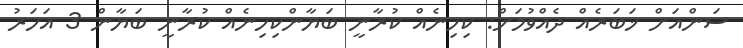
ސަންއަށް ޚަބަރެއް ދެއްވުމަށް: ކިހިނެއް ކުރާނީ ބަޔާންކިހިނެއް ކުރާނީ ބަޔާން 3 އަހަރު